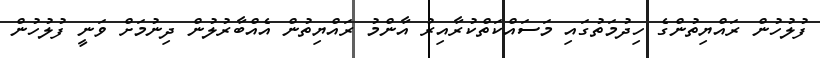
ފުލުހުން ރައްޔިތުންގެ ހިދުމަތުގައި މަސައްކަތްކުރާއިރު އާންމު ރައްޔިތުން އެއްބާރުލުން ދިނުމަށް ވަނީ ފުލުހުން